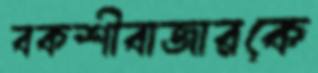
বকশীবাজারকে